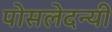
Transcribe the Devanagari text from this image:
पोसलेदन्यी